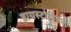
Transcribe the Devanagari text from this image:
डायस्टोपियन